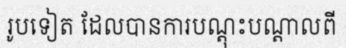
រូបទៀត ដែលបានការបណ្តុះបណ្តាលពី